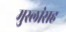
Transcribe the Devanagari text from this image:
मुस्लांसह